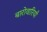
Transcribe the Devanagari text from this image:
बारोवारियाँ